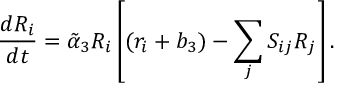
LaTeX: { \frac { d R _ { i } } { d t } } = \tilde { \alpha } _ { 3 } R _ { i } \left[ ( r _ { i } + b _ { 3 } ) - \sum _ { j } S _ { i j } R _ { j } \right] .